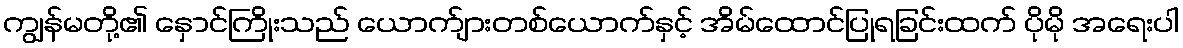
ကျွန်မတို့၏ နှောင်ကြိုးသည် ယောက်ျားတစ်ယောက်နှင့် အိမ်ထောင်ပြုရခြင်းထက် ပိုမို အရေးပါ